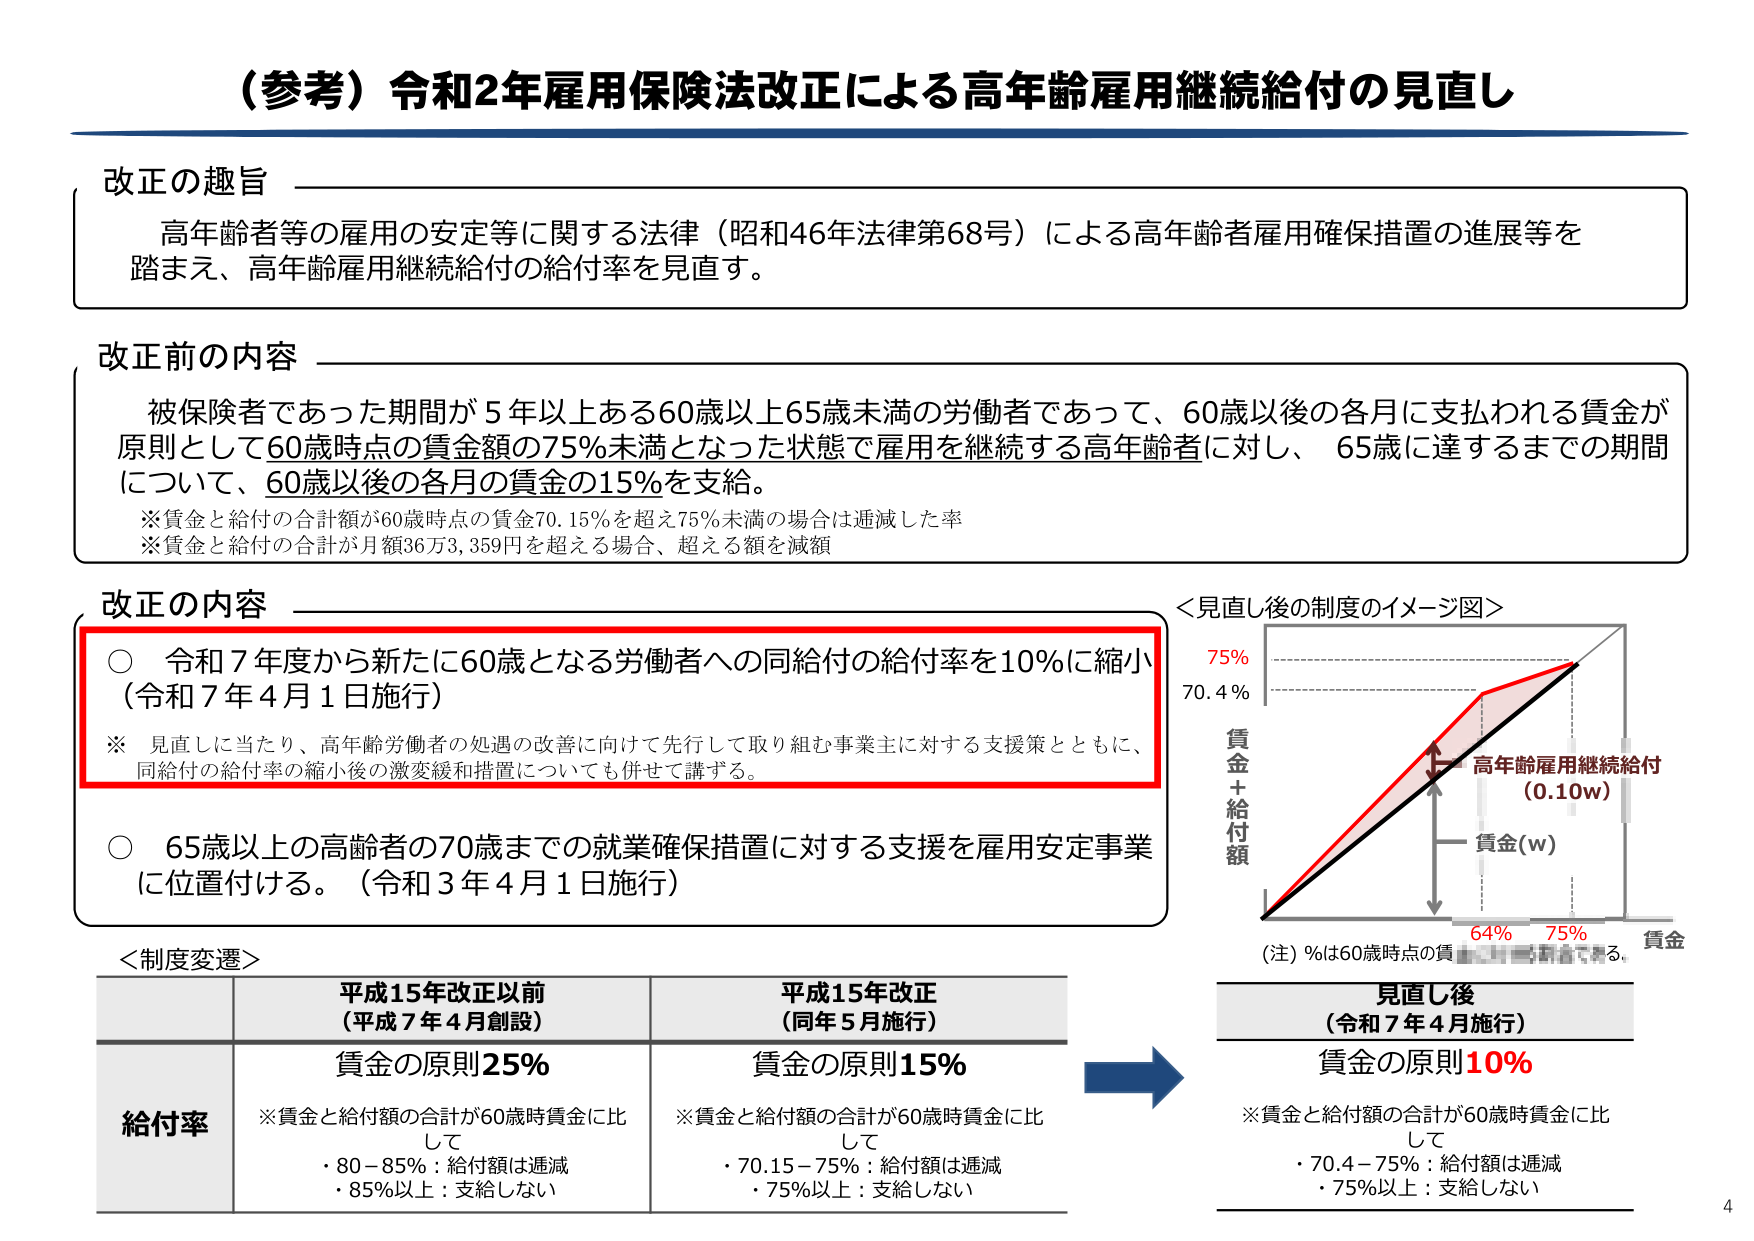
（参考）令和2年雇用保険法改正による高年齢雇用継続給付の見直し

改正の趣旨
高年齢者等の雇用の安定等に関する法律（昭和46年法律第68号）による高年齢者雇用確保措置の進展等を踏まえ、高年齢雇用継続給付の給付率を見直す。

改正前の内容
被保険者であった期間が5年以上ある60歳以上65歳未満の労働者であって、60歳以後の各月に支払われる賃金が原則として60歳時点の賃金額の75％未満となった状態で雇用を継続する高年齢者に対し、65歳に達するまでの期間について、60歳以後の各月の賃金の15％を支給。
※賃金と給付の合計額が60歳時点の賃金70.15％を超え75％未満の場合は逓減した率
※賃金と給付の合計が月額36万3,359円を超える場合、超える額を減額

改正の内容
○ 令和7年度から新たに60歳となる労働者への同給付の給付率を10％に縮小（令和7年4月1日施行）
※ 見直しに当たり、高年齢労働者の処遇の改善に向けて先行して取り組む事業主に対する支援策とともに、同給付の給付率の縮小後の激変緩和措置についても併せて講ずる。
○ 65歳以上の高齢者の70歳までの就業確保措置に対する支援を雇用安定事業に位置付ける。（令和3年4月1日施行）

＜見直し後の制度のイメージ図＞
75％
70.4％
賃金＋給付額
高年齢雇用継続給付（0.10w）
賃金(w)
64％ 75％ 賃金
（注）％は60歳時点の賃金に対する割合である。

＜制度変遷＞
平成15年改正以前（平成7年4月創設） 平成15年改正（同年5月施行）
給付率 賃金の原則25％ 賃金の原則15％
※賃金と給付額の合計が60歳時賃金に比して
・80－85％：給付額は逓減
・85％以上：支給しない
※賃金と給付額の合計が60歳時賃金に比して
・70.15－75％：給付額は逓減
・75％以上：支給しない

→
見直し後（令和7年4月施行）
賃金の原則10％
※賃金と給付額の合計が60歳時賃金に比して
・70.4－75％：給付額は逓減
・75％以上：支給しない

4